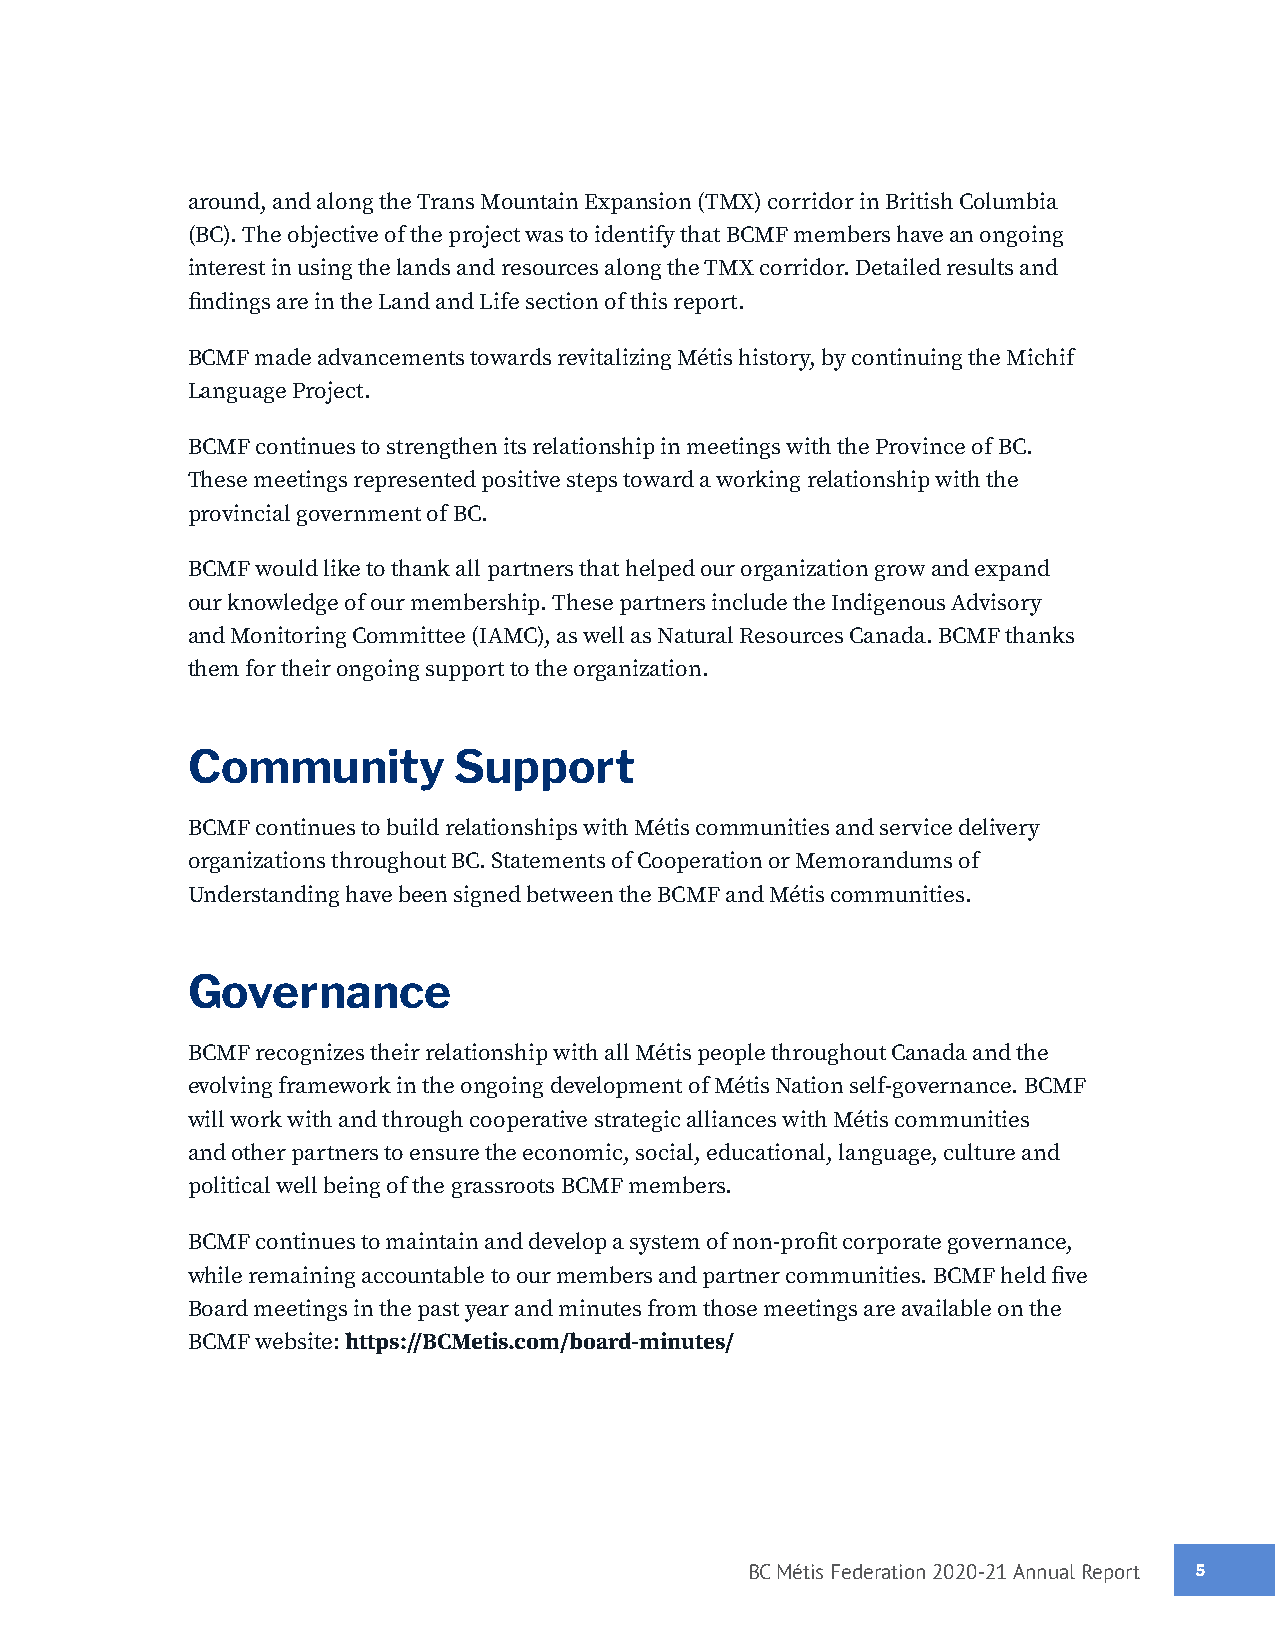
around, and along the Trans Mountain Expansion (TMX) corridor in British Columbia
 (BC). The objective of the project was to identify that BCMF members have an ongoing
 interest in using the lands and resources along the TMX corridor. Detailed results and
 findings are in the Land and Life section of this report.
 BCMF made advancements towards revitalizing Métis history, by continuing the Michif
 Language Project.
 BCMF continues to strengthen its relationship in meetings with the Province of BC.
 These meetings represented positive steps toward a working relationship with the
 provincial government of BC.
 BCMF would like to thank all partners that helped our organization grow and expand
 our knowledge of our membership. These partners include the Indigenous Advisory
 and Monitoring Committee (IAMC), as well as Natural Resources Canada. BCMF thanks
 them for their ongoing support to the organization.
 Community         Support
 BCMF continues to build relationships with Métis communities and service delivery
 organizations throughout BC. Statements of Cooperation or Memorandums of
 Understanding have been signed between the BCMF and Métis communities.
 Governance
 BCMF recognizes their relationship with all Métis people throughout Canada and the
 evolving framework in the ongoing development of Métis Nation self-governance. BCMF
 will work with and through cooperative strategic alliances with Métis communities
 and other partners to ensure the economic, social, educational, language, culture and
 political well being of the grassroots BCMF members.
 BCMF continues to maintain and develop a system of non-profit corporate governance,
 while remaining accountable to our members and partner communities. BCMF held five
 Board meetings in the past year and minutes from those meetings are available on the
 BCMF website: https://BCMetis.com/board-minutes/
 BC Métis Federation 2020-21 Annual Report 55